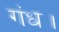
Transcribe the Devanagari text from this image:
गंध।